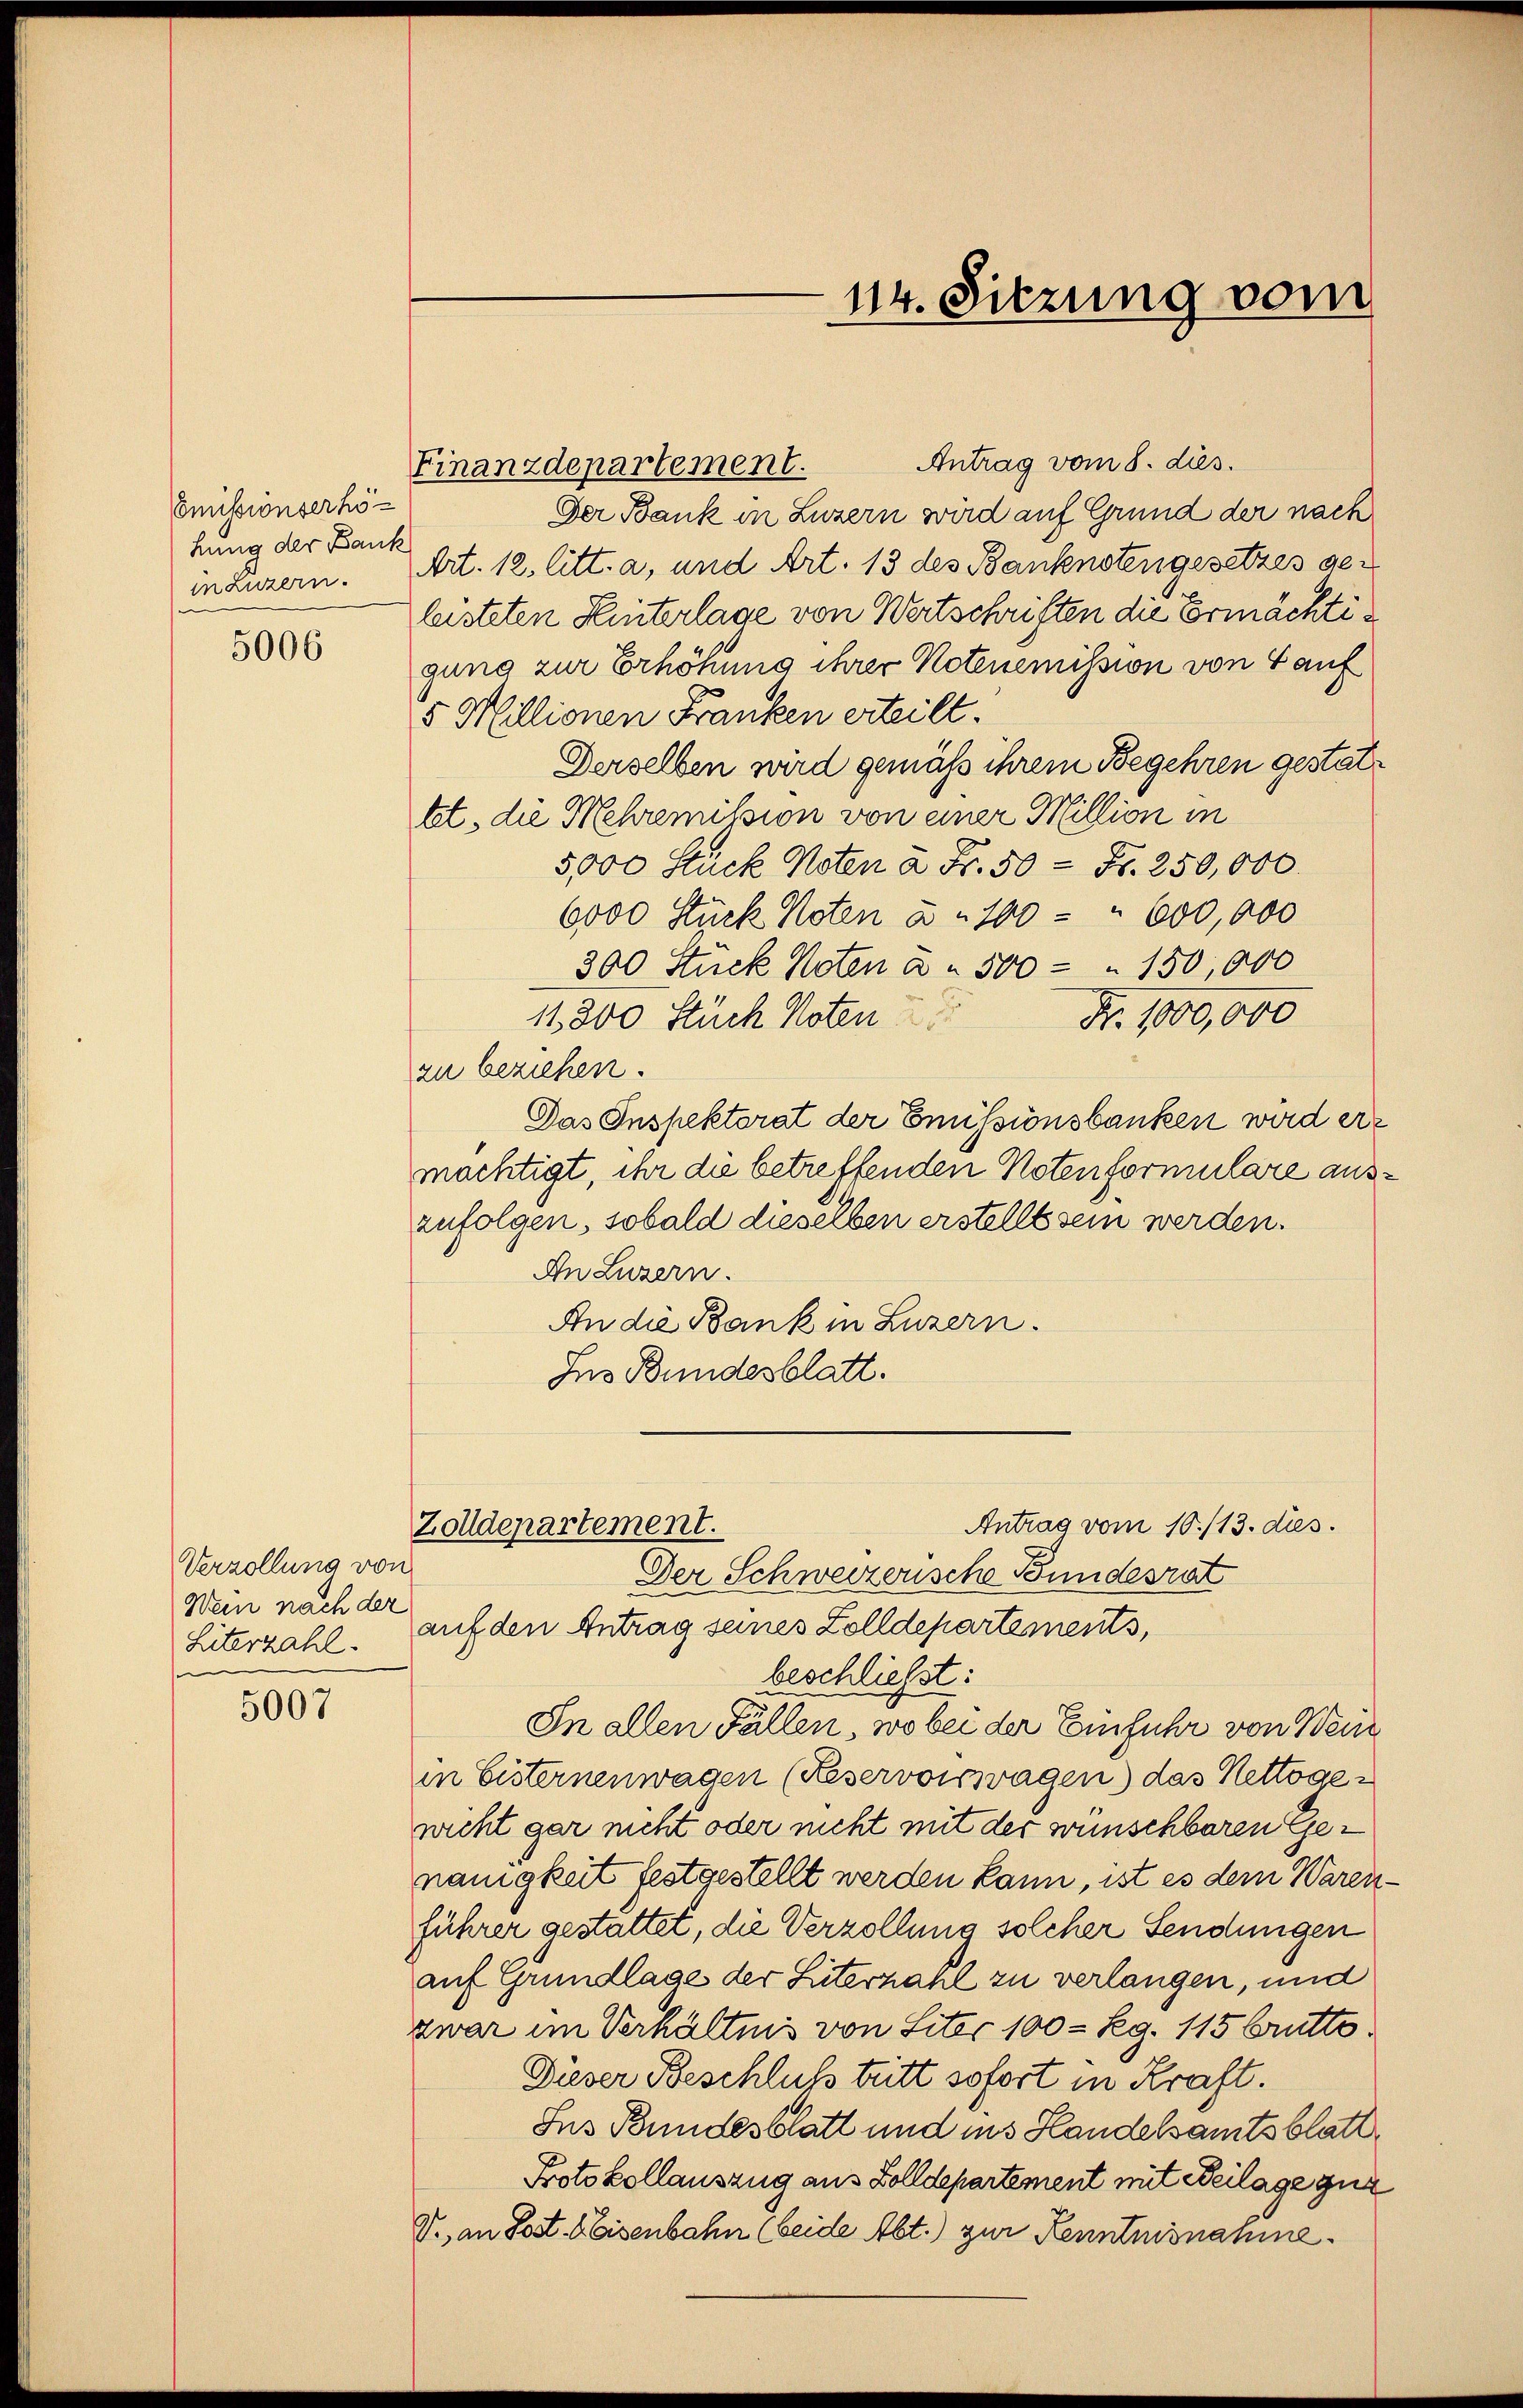
Emissionserhöhung der Bank
in Luzern.
5006

Finanzdepartement.

Verzollung von
Wen nach der
Lüterzahl.

5007

Antrag vom 8. dies
Der Bank in Luzern wird auf Grund der nach
Art. 12. litt. a, und Art. 13 des Banknotengesetzes geleisteten Hinterlage von Wertschriften die Ermächtigung zur Erhöhung ihrer Notenemission von 4 auf
5 Millionen Franken erteilt.
Derselben wird gemäß ihrem Begehren gestattet, die Mehremission von einer Million in
5,000 Stück Noten à Fr. 50 = Fr. 250,000.
6000 Stück Noten a. 100 - " 600,000
300 Stück Noten a. 500 " 150,000
Nr. 1000,000
11,800 Stück Noten
zu beziehen.
Das Inspektorat der Emissionsbanken wird erz
mächtigt, ihr die betreffenden Notenformulare auszufolgen, sobald dieselben erstellt sein werden.
An Luzern.
An die Bank in Luzern.
Ins Bundesblatt.
Antrag vom 10./13. dies
Zolldepartement.
Der Schweizerische Bundesrat
auf den Antrag seines Zolldepartements,
beschließt:
In allen Fällen, wo bei der Einfuhr von Wein
in Eisternenwagen (Reservorragen) das Nettogewicht gar nicht oder nicht mit der wünschbaren Genauigkeit festgestellt werden kann, ist es dem Warenführer gestattet, die Verzollung solcher Sendungen
auf Grundlage der Suterzahl zu verlangen, und
zwar im Verhältnis von Liter 100 - Reg. 115 brutto
Dieser Beschluss tritt sofort in Kraft.
Ins Bundesblatt und ins Handelsamtsblatt
Protokollauszug aus Zolldepartement mit Beilage zuz
V., an Post. Weisenbahn (beide Abt.) zur Kenntnisnahme.

114. Sitzung vom